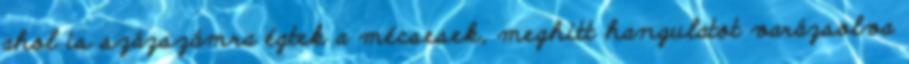
ahol is százszámra égtek a mécsesek, meghitt hangulatot varázsolva